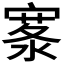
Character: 𪧣